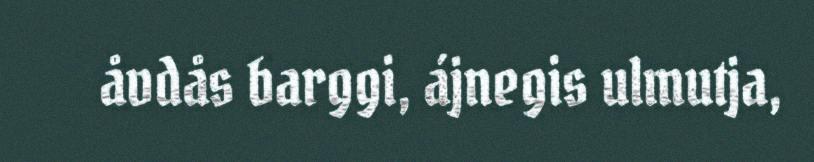
åvdås barggi, ájnegis ulmutja,